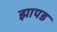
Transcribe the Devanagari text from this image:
झापड